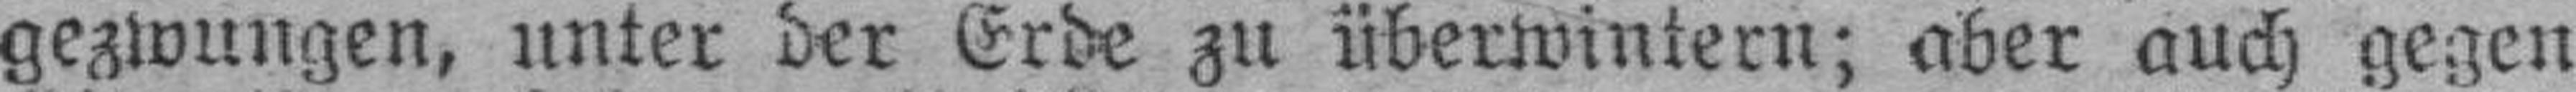
gezwungen, unter der Erde zu überwintern; aber auch gegen